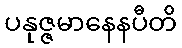
ပနုဇ္ဇမာနေနပီတိ